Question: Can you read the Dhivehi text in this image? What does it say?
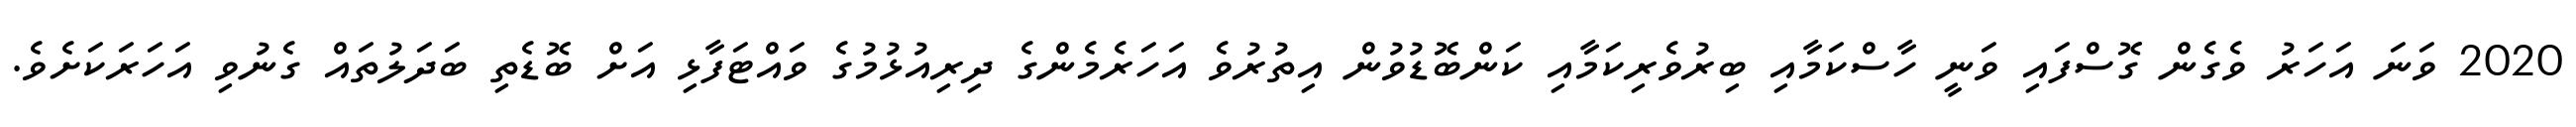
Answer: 2020 ވަނަ އަހަރު ވެގެން ގޮސްފައި ވަނީ ހާސްކަމާއި ބިރުވެރިކަމާއި ކަންބޮޑުވުން އިތުރުވެ އަހަރެމެންގެ ދިރިއުޅުމުގެ ވައްޓަފާޅި އަށް ބޮޑެތި ބަދަލުތައް ގެނުވި އަހަރަކަށެވެ.